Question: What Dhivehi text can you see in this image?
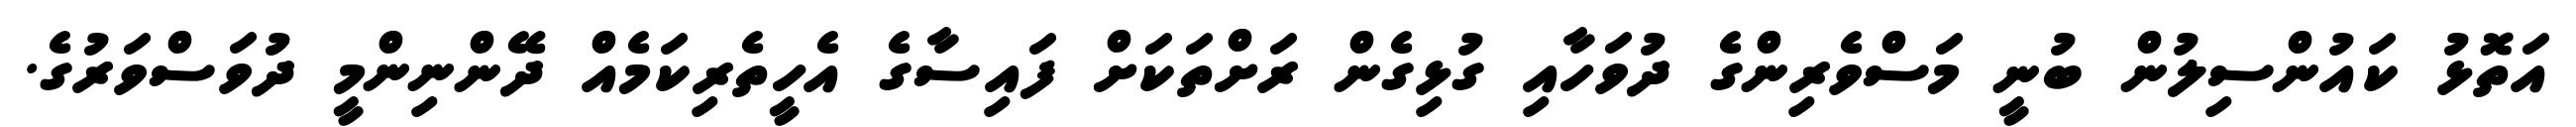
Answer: އަތޮޅު ކައުންސިލުން ބުނީ މަސްވެރިންގެ ދުވަހާއި ގުޅިގެން ރަށްތަކަށް ފައިސާގެ އެހީތެރިކަމެއް ދޭންނިންމީ ދުވަސްވަރުގެ.